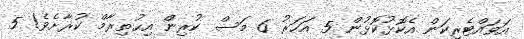
އަވައްޓެރިކަން އެކޮޅުކޮޅުން 5 އަހަރު 6 މަސް ކުރިން އިޙުތިރާމް ކުރާށެވެ! 5